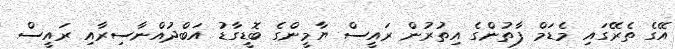
އޭގެ ތެރޭގައި މެޑަމް ފާތުންގެ އިތުރުން ރައީސް ޔާމީންގެ ބޮޑީގާޑު އަބްދުއްނާސިރާއި ރައީސް